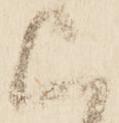
上